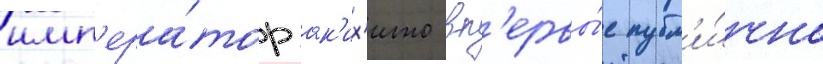
имп'ера́тор ак'их'ито вп'ервы́е публ'и́чно